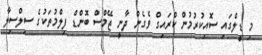
މި ޑީލްގައި ސޮއިކުރުމުން ކްރައިގް ވެގެން ދާނީ ޖޭމްސް ބޮންޑް ފިލްމުތަކުގެ ސިލްސިލާ